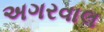
અગરવાલ